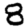
Digit: 8